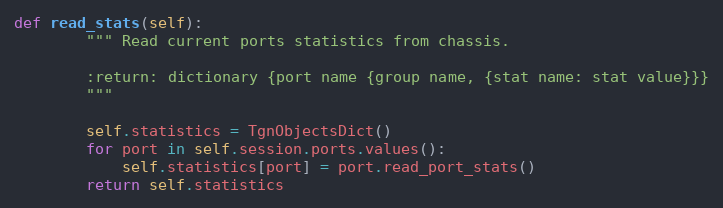
Language: Python
def read_stats(self):
        """ Read current ports statistics from chassis.

        :return: dictionary {port name {group name, {stat name: stat value}}}
        """

        self.statistics = TgnObjectsDict()
        for port in self.session.ports.values():
            self.statistics[port] = port.read_port_stats()
        return self.statistics